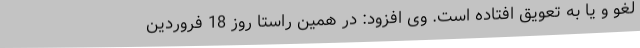
لغو و یا به تعویق افتاده است. وی افزود: در همین راستا روز 18 فروردین